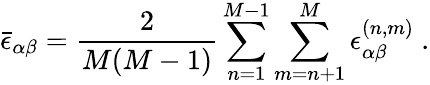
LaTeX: \bar{\epsilon}_{\alpha\beta}=\frac{2}{M(M-1)}\sum_{n=1}^{M-1}\sum_{m=n+1}^{M}\epsilon_{\alpha\beta}^{(n,m)}~.